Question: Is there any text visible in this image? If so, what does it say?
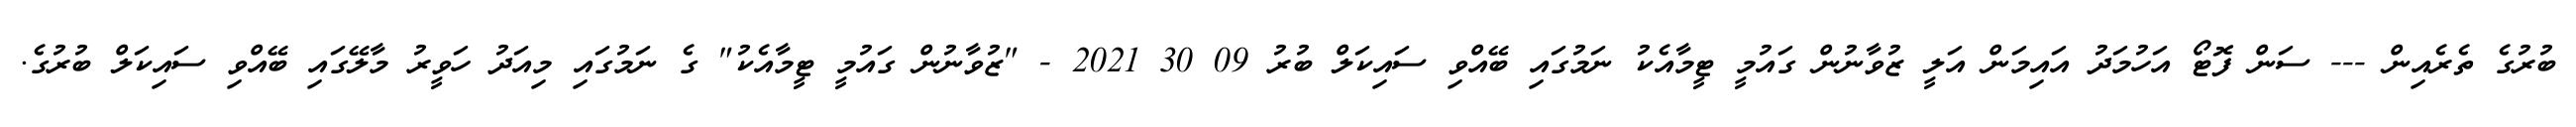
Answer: ބުރުގެ ތެރެއިން --- ސަން ފޮޓޯ އަހުމަދު އައިމަން އަލީ ޒުވާނުން ގައުމީ ޓީމާއެކު ނަމުގައި ބޭއްވި ސައިކަލް ބުރު 09 30 2021 - "ޒުވާނުން ގައުމީ ޓީމާއެކު" ގެ ނަމުގައި މިއަދު ހަވީރު މާލޭގައި ބޭއްވި ސައިކަލް ބުރުގެ.